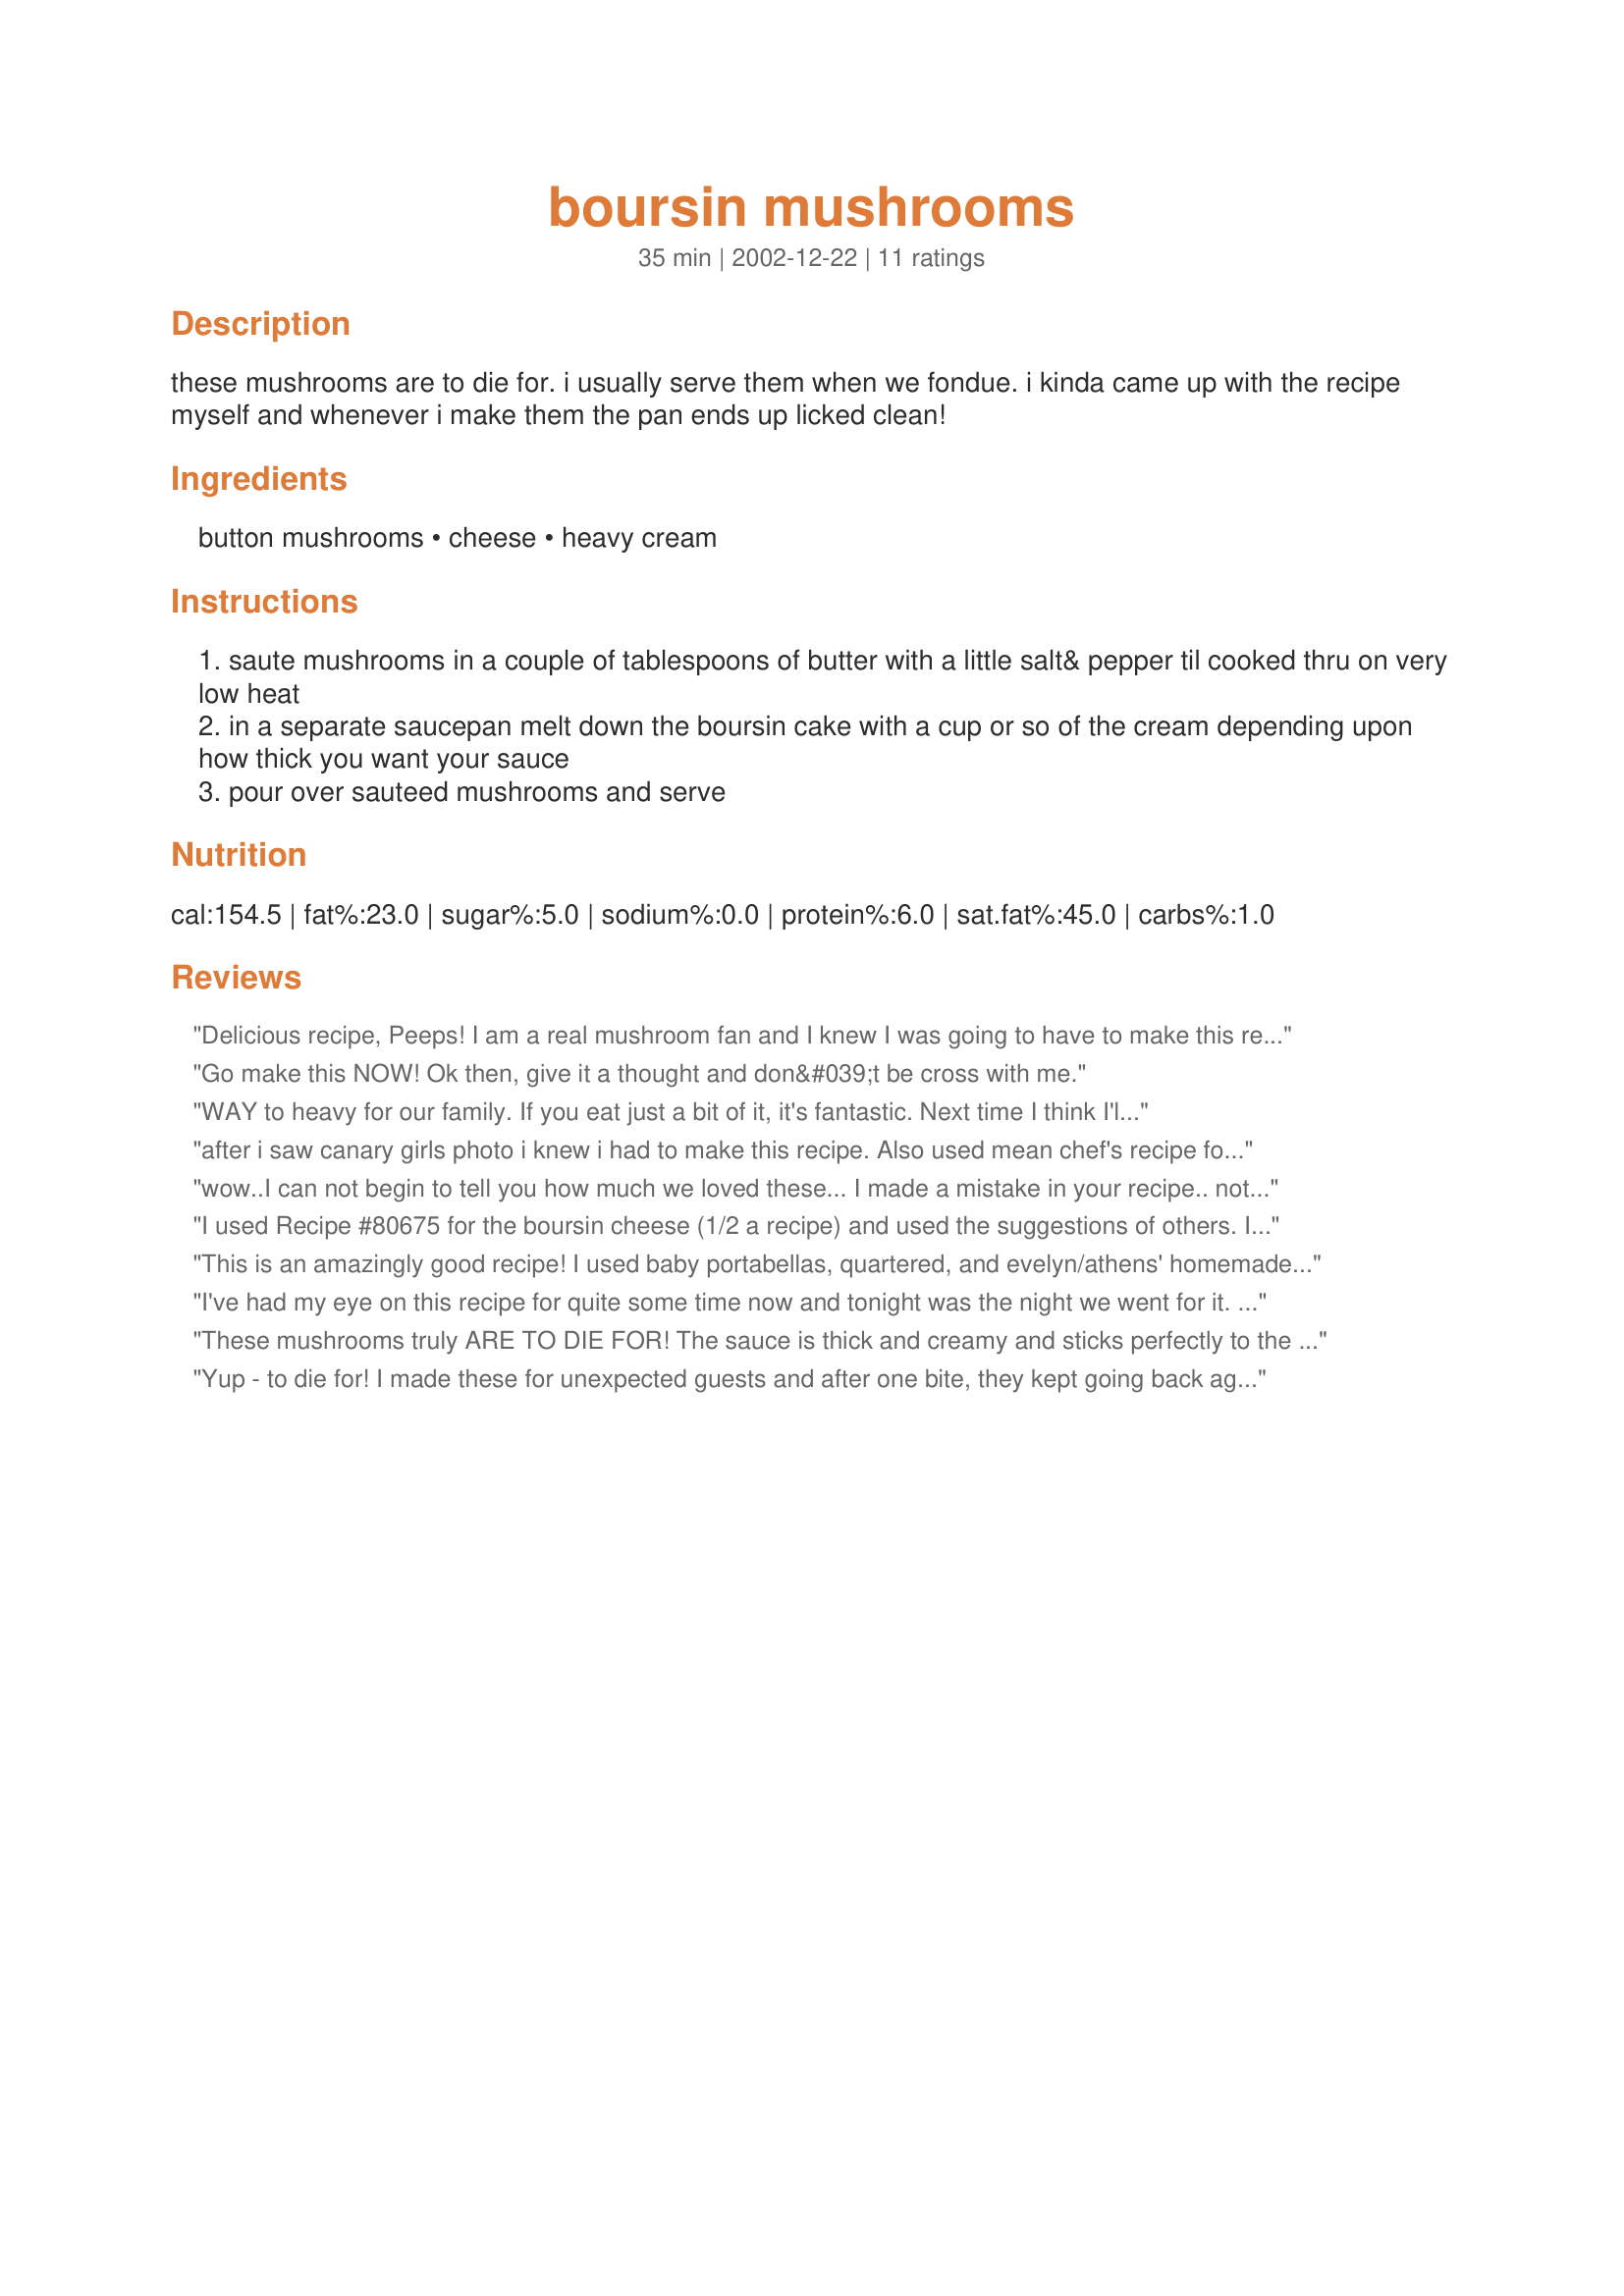
boursin mushrooms
Preparation time: 35 minutes

these mushrooms are to die for. i usually serve them when we fondue. i kinda came up with the recipe myself and whenever i make them the pan ends up licked clean!

Ingredients:
button mushrooms, cheese, heavy cream

Steps:
saute mushrooms in a couple of tablespoons of butter with a little salt& pepper til cooked thru on very low heat
in a separate saucepan melt down the boursin cake with a cup or so of the cream depending upon how thick you want your sauce
pour over sauteed mushrooms and serve

Reviews:
Delicious recipe, Peeps! I am a real mushroom fan and I knew I was going to have to make this recipe as soon as I discovered it! This sauce is excellent and this recipe is so incredibly simple to prepare! I used Mean Chef's recipe for Boursin Cheese and I had all the ingredients on hand for both recipes which made things really simple. I didn't use much heavy cream at all because I like the thicker sauce. It sticks wonderfully well to the mushrooms! I will be using this one a lot, Peeps! Thanks for sharing your invention!!
Go make this NOW! Ok then, give it a thought and don&#039;t be cross with me.
WAY to heavy for our family. If you eat just a bit of it, it's fantastic. Next time I think I'll use 1/2 & 1/2 in place of the heavy whipping cream. Definitely a keeper though.
after i saw canary girls photo i knew i had to make this recipe. Also used mean chef's recipe for boursin cheese and served the mushrooms over freshly made fettucini. Delicous but very rich. i used a mixture of baby portobello mushrooms and white button mushrooms. I suggest a vegetable side like broccolirabe to counteract the richness. OOh, this was so good but definitely sinful on the calorie side. who cares, once in a while you gotta splurge.
wow..I can not begin to tell you how much we loved these...
I made a mistake in your recipe..
nothing major I sliced my mushrooms..
don't know why guess I was just on a roll...
I used Recipe #65204 (wonderful stuff) and very little heavy cream..just a splash or 2...
these were so good..had them for lunch with cube steak....
I had to eyeball the amount of boursin since I had made a big batch..just put it in the pan and as it melted added a wee bit of heavy cream..then after sauce was done I added to the mushrooms in the pan they were sauteing in and mixed them up and left on low/warm while cubes were finishing up..about 3 minutes or so they were so nice and creamy a beautiful sauce and MAN they were outstanding..this is for sure a do over and over and over..thank you for making this up and for sharing it it is EXCELLENT
I used Recipe #80675 for the boursin cheese (1/2 a recipe) and used the suggestions of others. I made this a fettuccine dish with the boursin, mushrooms (sliced), and diced chicken breast tenders. Used half & half for the heavy cream. Delectable! This is a winner!
This is an amazingly good recipe! I used baby portabellas, quartered, and evelyn/athens' homemade boursin recipe #80675. I also only needed 1 cup of cream. I loved this and can't wait to make it again! Thanks!
I've had my eye on this recipe for quite some time now and tonight was the night we went for it. We made the sauce exactly as directed and poured it over the mushrooms. My husband sauteed a few pieces of chicken in olive oil and we served the entire thing over Linguine. It was delicious! This is going into my tried and true folder for sure. Thanks for posting!
These mushrooms truly ARE TO DIE FOR! The sauce is thick and creamy and sticks perfectly to the mushrooms. The flavor is FANTASTIC too! Another brilliant creation, Peeps! :)
Yup - to die for! I made these for unexpected guests and after one bite, they kept going back again and again. There's not much to change about this recipe. I made it and tossed everything into one of those tiny little crockpots (one quart) to keep warm for serving. They didn't last long! Thanks, Peeps!
These were the first to go at my appetizer Christmas party. My store was out of Boursin so I had to use Alouette. I also didn't add the cream because my mushroom released a lot of liquid and I just used that to thin the cheese (and saved some calories). When I am feeling decadent again, I would also serve this over pasta with some other grilled veggies (zucchini, red peppers, asparagus, etc.) thrown in. Thanks for posting!
